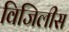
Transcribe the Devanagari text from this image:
विजिलीस